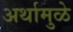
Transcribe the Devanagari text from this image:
अर्थामुळे